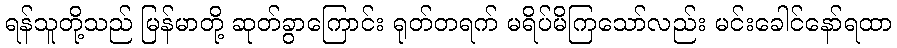
ရန်သူတို့သည် မြန်မာတို့ ဆုတ်ခွာကြောင်း ရုတ်တရက် မရိပ်မိကြသော်လည်း မင်းခေါင်နော်ရထာ